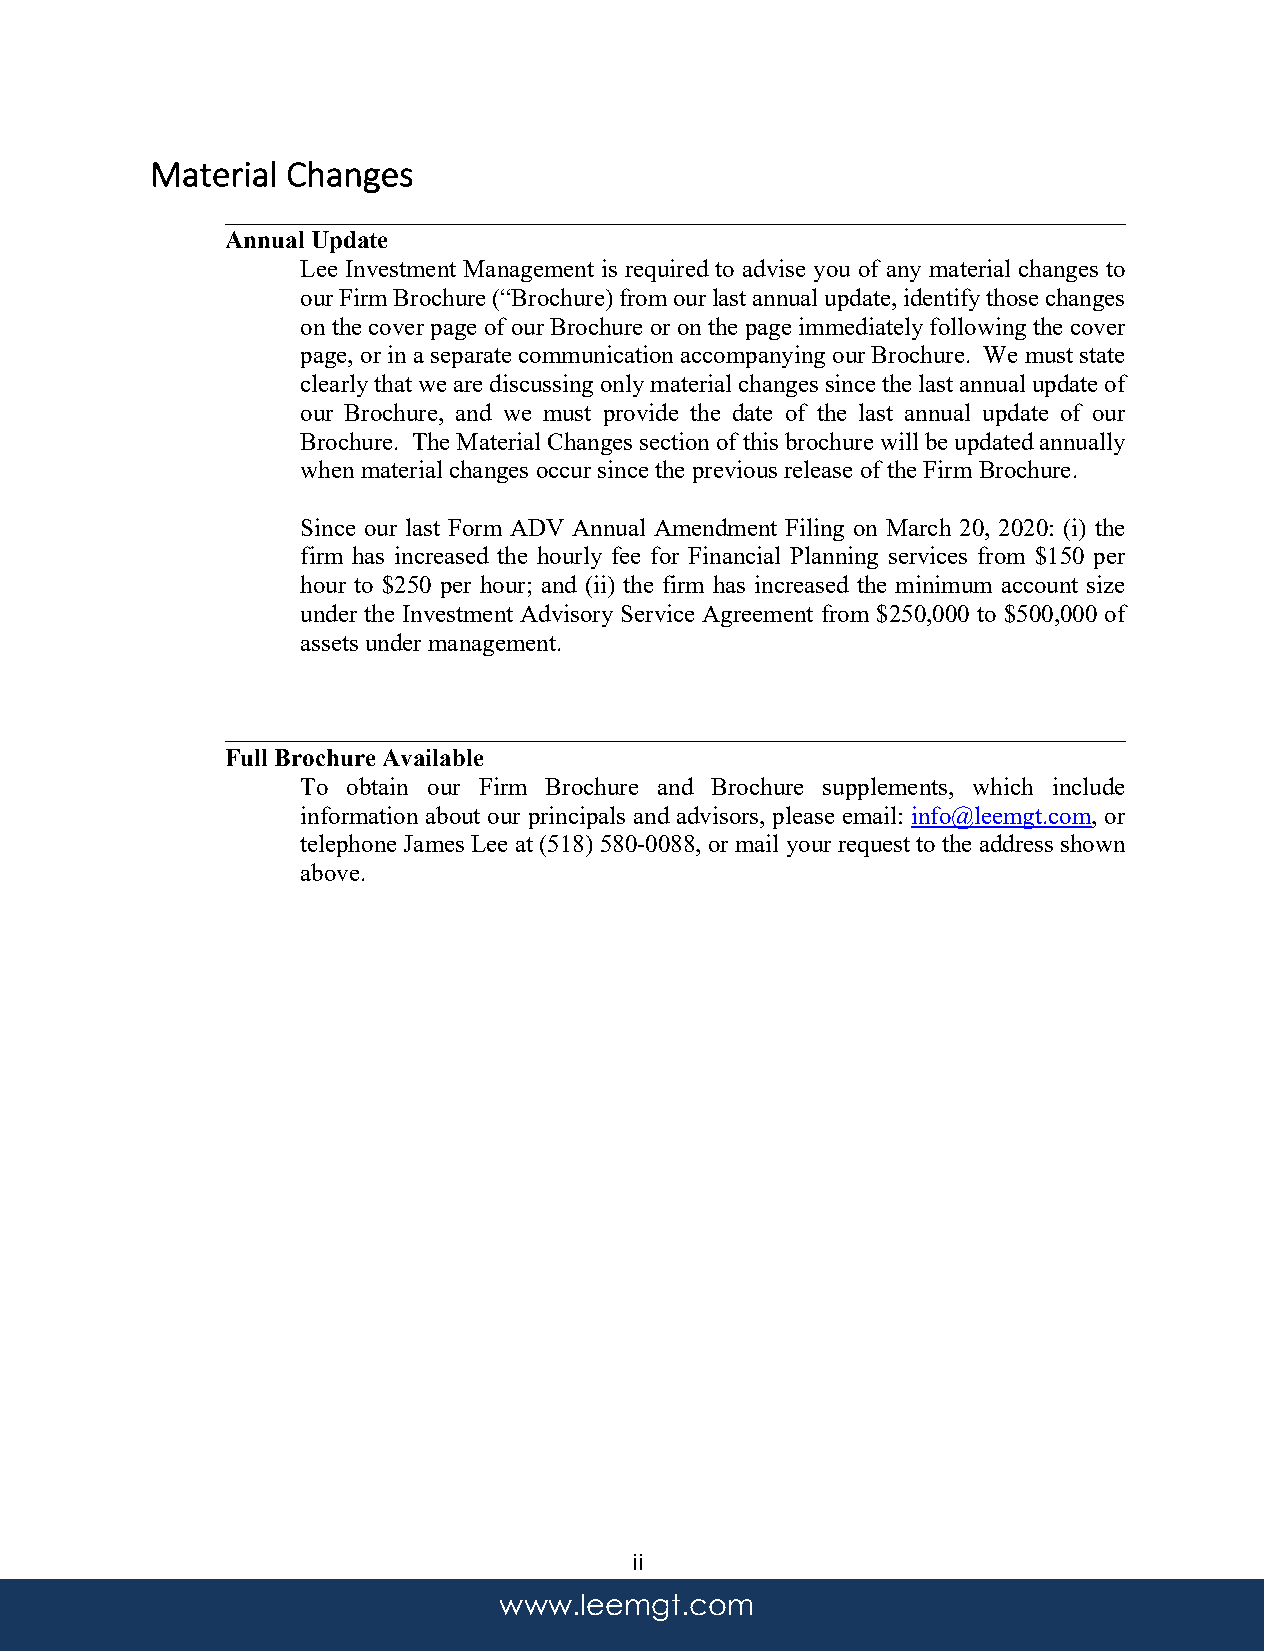
Material Changes
 ________________________________________________________________________
 Annual Update
 Lee Investment Management is required to advise you of any material changes to
 our Firm Brochure (“Brochure) from our last annual update, identify those changes
 on the cover page of our Brochure or on the page immediately following the cover
 page, or in a separate communication accompanying our Brochure. We must state
 clearly that we are discussing only material changes since the last annual update of
 our Brochure, and we must provide the date of the last annual update of our
 Brochure. The Material Changes section of this brochure will be updated annually
 when material changes occur since the previous release of the Firm Brochure.
 Since our last Form ADV Annual Amendment Filing on March 20, 2020: (i) the
 firm has increased the hourly fee for Financial Planning services from $150 per
 hour to $250 per hour; and (ii) the firm has increased the minimum account size
 under the Investment Advisory Service Agreement from $250,000 to $500,000 of
 assets under management.
 ________________________________________________________________________
 Full Brochure Available
 To obtain our Firm Brochure and Brochure supplements, which include
 information about our principals and advisors, please email: info@leemgt.com, or
 telephone James Lee at (518) 580-0088, or mail your request to the address shown
 above.
 ii
 www.leemgt.com